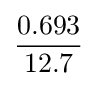
{0.693 \over 12.7}